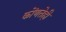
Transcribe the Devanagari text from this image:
कोंणतेही